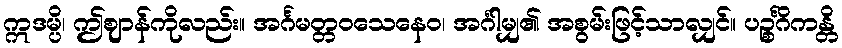
ဣဒမ္ပိ၊ ဤဈာန်ကိုလည်း။ အင်္ဂမတ္တဝသေနေဝ၊ အင်္ဂါမျှ၏ အစွမ်းဖြင့်သာလျှင်။ ပဉ္စင်္ဂိကန္တိ